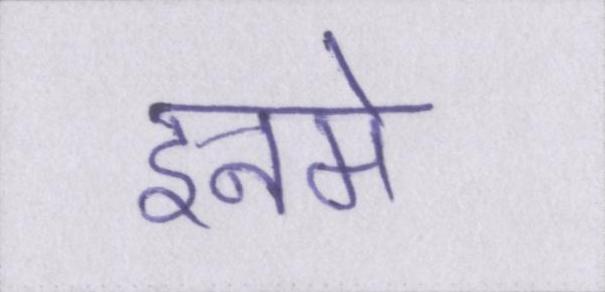
इनमे